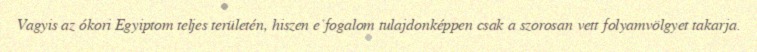
Vagyis az ókori Egyiptom teljes területén, hiszen e fogalom tulajdonképpen csak a szorosan vett folyamvölgyet takarja.